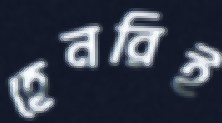
হেনরিই